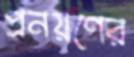
প্রনয়ণের